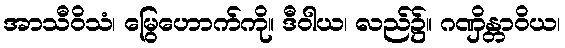
အာသီဝိသံ၊ မြွေဟောက်ကို။ ဒီဝါယ၊ လည်၌။ ဂဏှိန္တာဝိယ၊